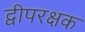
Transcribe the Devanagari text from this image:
द्वीपरक्षक